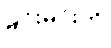
မင်းမင်းကို